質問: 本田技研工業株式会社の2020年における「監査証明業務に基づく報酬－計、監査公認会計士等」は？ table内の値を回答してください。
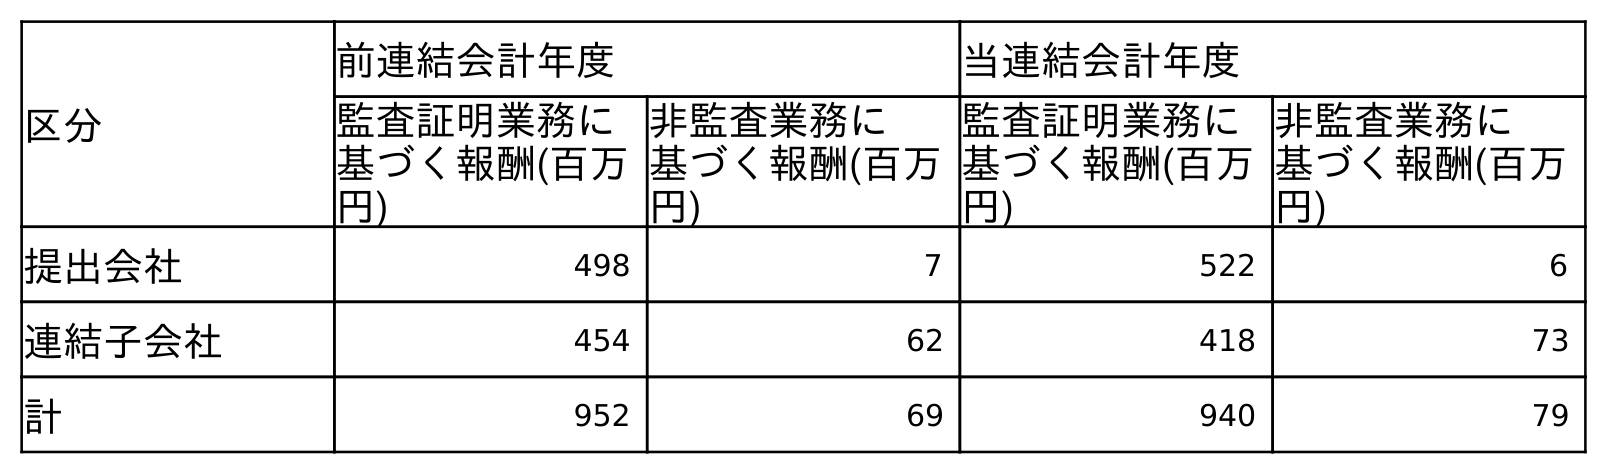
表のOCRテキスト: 区分 前連結会計年度 当連結会計年度 監査証明業務に 基づく報酬(百万 円) 非監査業務に 基づく報酬(百万 円) 監査証明業務に 基づく報酬(百万 円) 非監査業務に 基づく報酬(百万 円) 提出会社 498 7 522 6 連結子会社 454 62 418 73 計 952 69 940 79
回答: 940